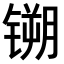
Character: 𫔈